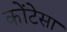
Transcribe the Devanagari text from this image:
कोंटेसा